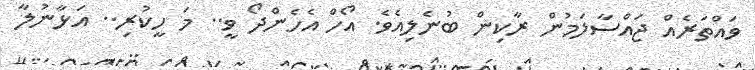
ވައްތަރެއް ޖައްސާލަމުން ރާކިން ބުނެލިއެވެ. އޯހް އެހެންދޯ ވީ.. މަ ހީކުރި.. އަޅާނުލާ